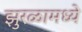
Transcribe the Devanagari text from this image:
झुरळामध्ये